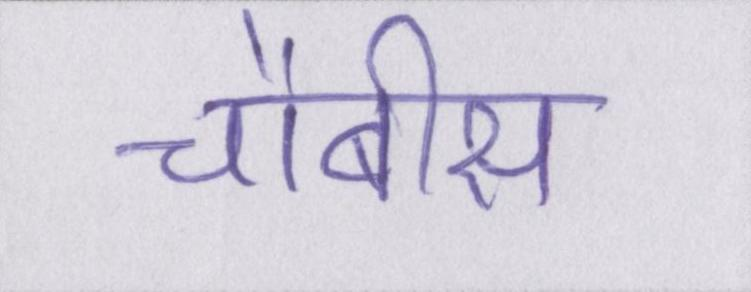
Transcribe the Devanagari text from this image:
चौबीस